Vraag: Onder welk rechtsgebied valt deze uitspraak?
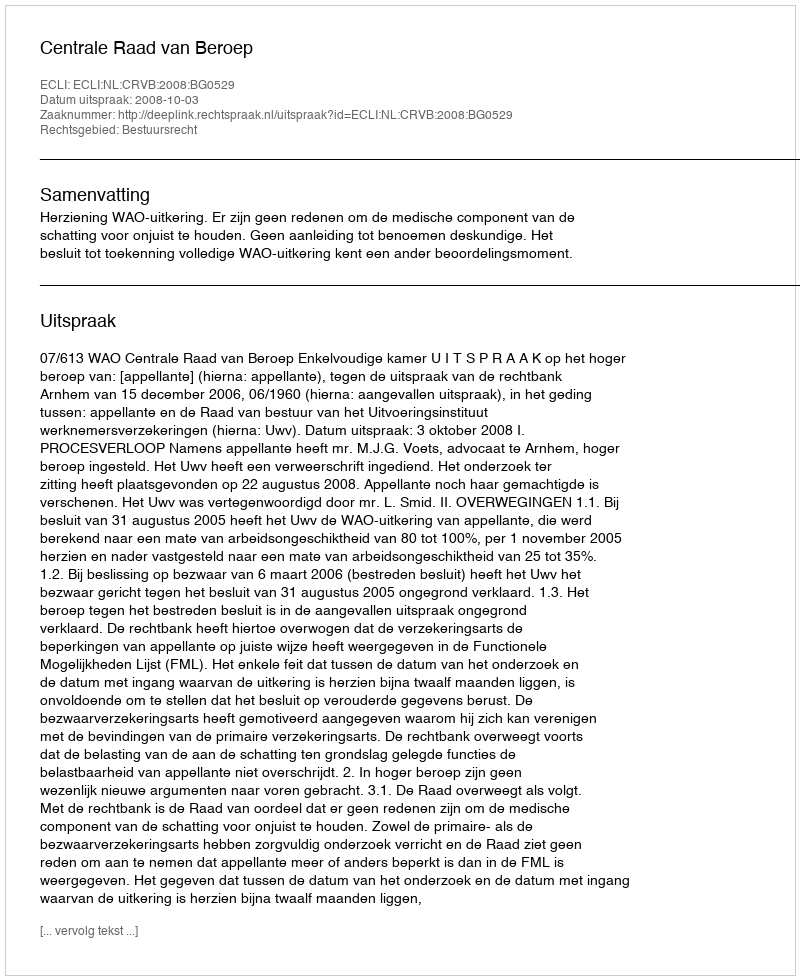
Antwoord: Bestuursrecht